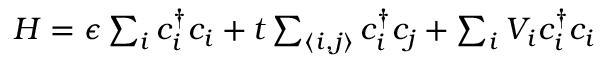
\begin{array} { r } { H = \epsilon \sum _ { i } c _ { i } ^ { \dagger } c _ { i } + t \sum _ { \langle i , j \rangle } c _ { i } ^ { \dagger } c _ { j } + \sum _ { i } V _ { i } c _ { i } ^ { \dagger } c _ { i } } \end{array}